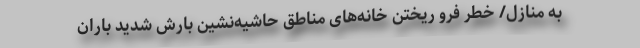
به منازل/ خطر فرو ریختن خانه‌های مناطق حاشیه‌نشین بارش شدید باران